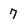
Character: 7